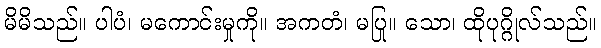
မိမိသည်။ ပါပံ၊ မကောင်းမှုကို။ အကတံ၊ မပြု။ သော၊ ထိုပုဂ္ဂိုလ်သည်။